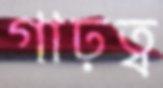
গাঢ়ত্ব